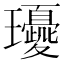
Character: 𤫘